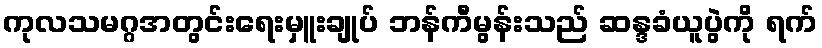
ကုလသမဂ္ဂအတွင်းရေးမှူးချုပ် ဘန်ကီမွန်းသည် ဆန္ဒခံယူပွဲကို ရက်